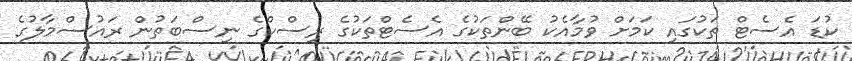
ކުޑަ އެސެޓް ތަކުގައި ކަމަށް ވުމާއެކު ބޭންތަކުގެ އެސެޓްތަކުގެ ރިސްކްގެ ނިސްބަތުން ރައުސްމާލުގެ